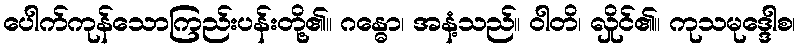
ပေါက်ကုန်သောကြည်းပန်းတို့၏။ ဂန္ဓော၊ အနံ့သည်။ ဝါတိ၊ လှိုင်၏။ ကုသမုဒ္ဒေါစ၊